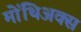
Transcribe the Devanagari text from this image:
मोंथिअक्स